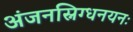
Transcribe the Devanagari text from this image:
अंजनस्निग्धनयनः